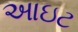
આઇટ